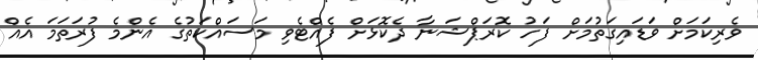
ވެރިކަމަށް ވަޑައިގަތުމަށް ފަހު ކޮރަޕްޝަނާ ދެކޮޅަށް ފެއްޓެވި މަސައްކަތުގެ އެންމެ ފުރަތަމަ އެއް